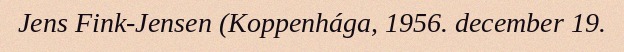
Jens Fink-Jensen (Koppenhága, 1956. december 19.